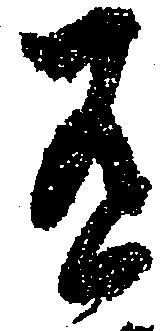
有